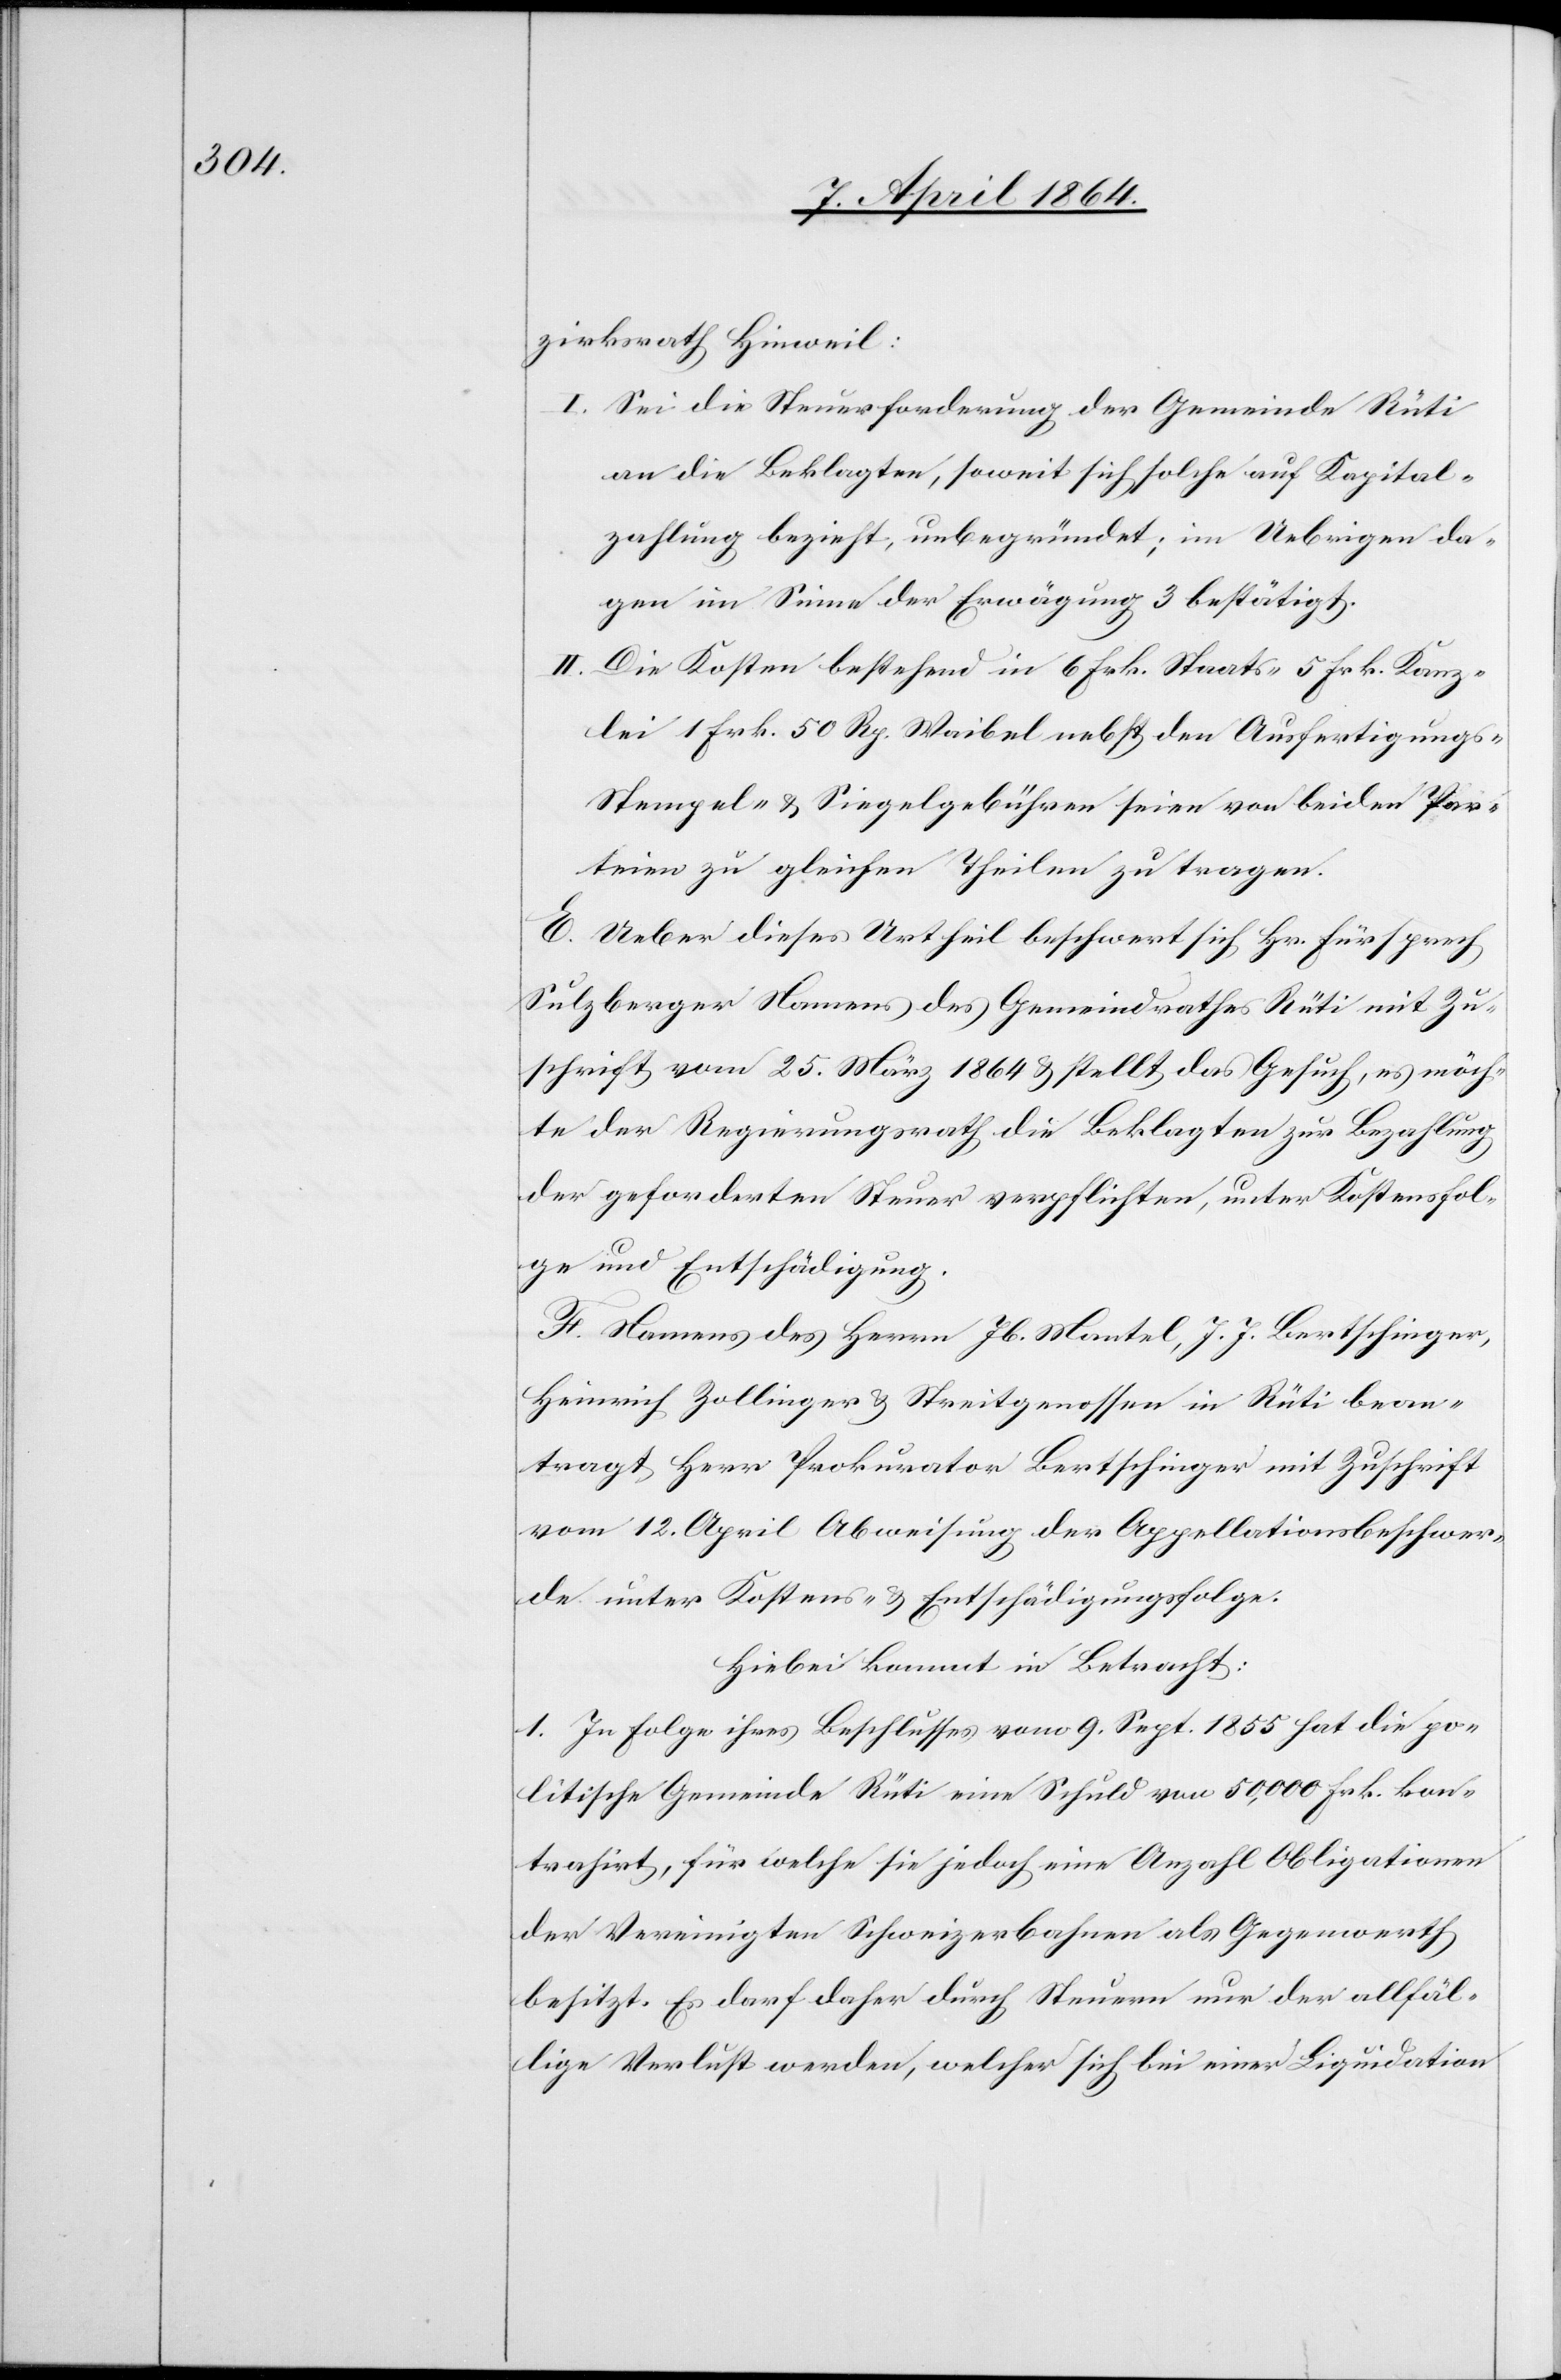
zirksrath Hinweil:
I. Sei die Steuerforderung der Gemeinde Rüti
an die Beklagten, soweit sich solche auf Kapital¬
zahlung bezieht, unbegründet; im Uebrigen da[g¬
e]gen im Sinne der Erwägung 3 bestätigt.
II. Die Kosten bestehend in 6 Frk. Staats-[,] 5 Frk. Kanz¬
lei[,] 1 Frk. 50 Rp. Weibel[,] nebst den Ausfertigungs-[,]
Stempel- u. Siegelgebühren seien von beiden Par¬
teien zu gleichen Theilen zu tragen.
E. Ueber dieses Urtheil beschwert sich Hr. Fürsprech
Sulzberger Namens des Gemeindrathes Rüti mit Zu¬
schrift vom 25. März 1864 u. stellt das Gesuch, es möch¬
te der Regierungsrath die Beklagten zur Bezahlung
der geforderten Steuer verpflichten, unter Kostenfol¬
ge und Entschädigung.
F. Namens des Herrn Jb. Mantel, J. J. Bertschinger,
Heinrich Zollinger u. Streitgenossen in Rüti bean¬
tragt Herr Prokurator Bertschinger mit Zuschrift
vom 12. April Abweisung der Appellationsbeschwer¬
de unter Kostens- u. Entschädigungsfolge.
Hiebei kommt in Betracht:
1. In Folge ihres Beschlusses vom 9. Sept. 1855 hat die po¬
litische Gemeinde Rüti eine Schuld von 50,000 Frk. kon¬
trahirt, für welche sie jedoch eine Anzahl Obligationen
der Vereinigten Schweizerbahnen als Gegenwerth
besitzt. Es darf daher durch Steuern nur der allfäl¬
lige Verlust werden, welcher sich bei einer Liquidation